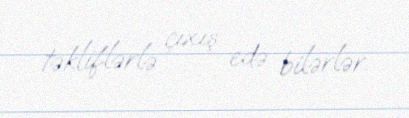
təkliflərlə çıxış edə bilərlər.